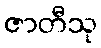
ဇာတီသု